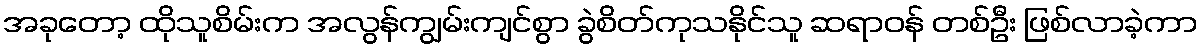
အခုတော့ ထိုသူစိမ်းက အလွန်ကျွမ်းကျင်စွာ ခွဲစိတ်ကုသနိုင်သူ ဆရာဝန် တစ်ဦး ဖြစ်လာခဲ့ကာ